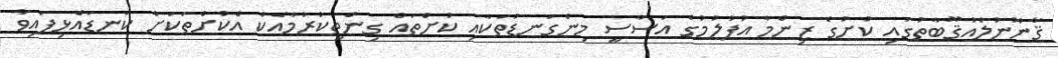
ޤާނޫނުލްއުޤޫބާތުގައި ކުށުގެ ޒިންމާ އުފުލުމުގެ އަސާސީ މިންގަނޑުތަކާއި ކުށްތައް ގިންތިކުރުމާއެކު އެކުށްތަކަށް ކަނޑައެޅިފައިވާ